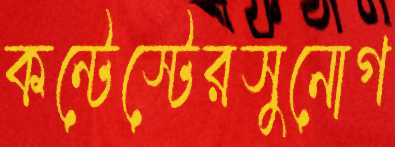
কন্টেস্টেরসুনোগ